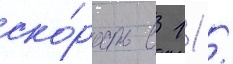
ско́рость в 11 /